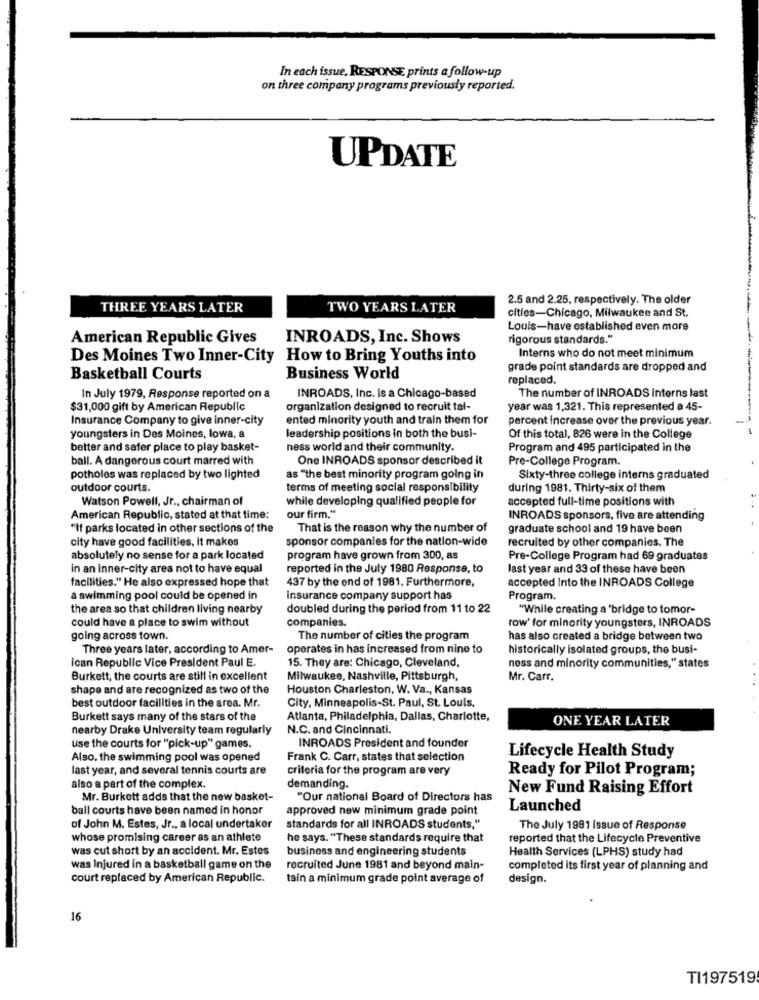
In each issue, RESPONSE prints a follow-up
on three company programs previously reported.
UPDATE
2.5 and 2.25, respectively. The older
THREE YEARS LATER
TWO YEARS LATER
cities-Chicago, Milwaukee and St.
Louis-have established even more
American Republic Gives
INROADS, Inc. Shows
rigorous standards."
Des Moines Two Inner-City How to Bring Youths into
Interns who do not meet minimum
grade point standards are dropped and
Basketball Courts
Business World
replaced.
In July 1979, Response reported on a
INROADS, Inc. is a Chicago-based
The number of INROADS interns last
$31,000 gift by American Republic
organization designed to recruit tal-
year was 1,321. This represented a 45-
Insurance Company to give inner-city
ented minority youth and train them for
percent increase over the previous year.
youngsters in Des Moines, lowa, a
leadership positions in both the busi-
Of this total, 826 were in the College
better and safer place to play basket-
ness world and their community.
Program and 495 participated in the
ball. A dangerous court marred with
One INROADS sponsor described it
Pre-College Program.
potholes was replaced by two lighted
as "the best minority program going in
Sixty-three college interns graduated
outdoor courts.
terms of meeting social responsibility
during 1981. Thirty-six of them
Watson Powell, Jr ., chairman of
while developing qualified people for
accepted full-time positions with
our firm."
American Republic, stated at that time:
INROADS sponsors, five are attending
"If parks located in other sections of the
That is the reason why the number of
graduate school and 19 have been
city have good facilities, it makes
sponsor companies for the nation-wide
recruited by other companies. The
absolutely no sense for a park located
program have grown from 300, as
Pre-College Program had 69 graduates
in an inner-city area not to have equal
reported in the July 1980 Response, to
last year and 33 of these have been
facilities." He also expressed hope that
437 by the end of 1981. Furthermore,
accepted Into the INROADS College
a swimming pool could be opened in
insurance company support has
Program.
the area so that children living nearby
doubled during the period from 11 to 22
"While creating a 'bridge to tomor-
could have a place to swim without
companies.
row' for minority youngsters, INROADS
going across town.
The number of cities the program
has also created a bridge between two
Three years later, according to Amer-
operates in has increased from nine to
historically isolated groups, the busi-
ican Republic Vice President Paul E.
15. They are: Chicago, Cleveland,
ness and minority communities," states
Burkett, the courts are still in excellent
Milwaukee, Nashville, Pittsburgh,
Mr. Carr.
shape and are recognized as two of the
Houston Charleston, W. Va ., Kansas
best outdoor facilities in the area. Mr.
City, Minneapolis-St. Paul, St. Louis,
Burkett says many of the stars of the
Atlanta, Philadelphia, Dallas, Charlotte,
ONE YEAR LATER
nearby Drake University team regularly
N.C. and Cincinnati.
use the courts for "pick-up" games.
INROADS President and founder
Also, the swimming pool was opened
Frank C. Carr, states that selection
Lifecycle Health Study
last year, and several tennis courts are
criteria for the program are very
Ready for Pilot Program;
also a part of the complex.
demanding.
New Fund Raising Effort
Mr. Burkett adds that the new basket-
"Our national Board of Directors has
ball courts have been named in honor
approved new minimum grade point
Launched
of John M. Estes, Jr ., a local undertaker
standards for all INROADS students."
The July 1991 issue of Response
whose promising career as an athlete
he says. "These standards require that
reported that the Lifecycle Preventive
was cut short by an accident. Mr. Estes
business and engineering students
Health Services (LPHS) study had
was Injured in a basketball game on the
recruited June 1981 and beyond main-
completed its first year of planning and
court replaced by American Republic.
tain a minimum grade point average of
design.
16
TI197519